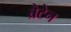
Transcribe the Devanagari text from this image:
ब्रैटेन